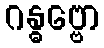
ဂန္ဓဗ္ဗော